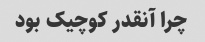
چرا آنقدر کوچیک بود